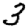
Digit: 3